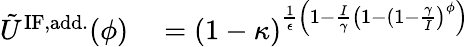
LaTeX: \begin{array}{rl}{\tilde{U}^{\mathrm{IF,add.}}(\phi)}&{{}=(1-\kappa)^{\frac{1}{\epsilon}\left(1-\frac{I}{\gamma}\left(1-(1-\frac{\gamma}{I}\right)^{\phi}\right)}}\end{array}